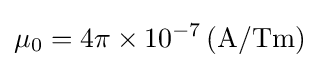
\mu _{0}=4\pi \times 10^{-7}\,{\text{(A/Tm)}}